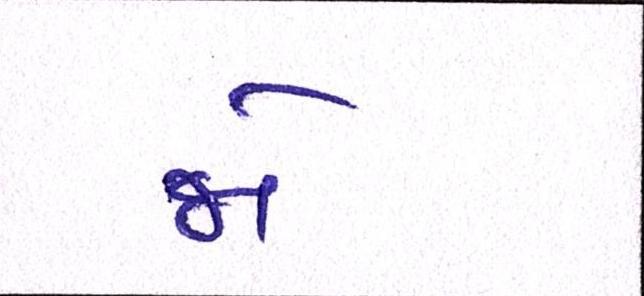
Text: જો